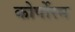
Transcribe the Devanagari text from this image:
कोर्पोरम